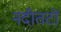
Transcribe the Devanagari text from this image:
नदीतटों